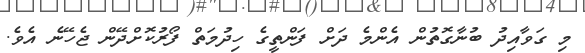
މި ގަވާއިދު ބުނާގޮތުން އެންމެ ދަށް ފަންތީގެ ހިދުމަތް ފޯރުކޮށްދޭން ޖެހޭނެ އެވެ.